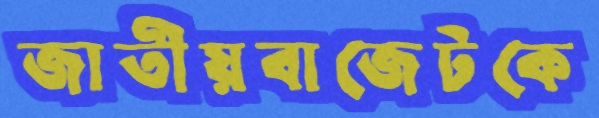
জাতীয়বাজেটকে